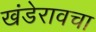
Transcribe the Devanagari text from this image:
खंडेरावचा